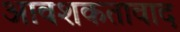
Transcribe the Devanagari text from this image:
आवशकतावाद